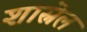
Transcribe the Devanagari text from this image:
शास्नेल